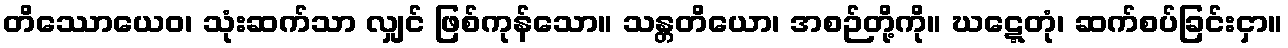
တိဿောယေဝ၊ သုံးဆက်သာ လျှင် ဖြစ်ကုန်သော။ သန္တတိယော၊ အစဉ်တို့ကို။ ဃဋ္ဋေတုံ၊ ဆက်စပ်ခြင်းငှာ။